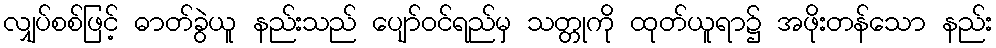
လျှပ်စစ်ဖြင့် ဓာတ်ခွဲယူ နည်းသည် ပျော်ဝင်ရည်မှ သတ္တုကို ထုတ်ယူရာ၌ အဖိုးတန်သော နည်း